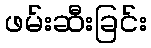
ဖမ်းဆီးခြင်း